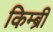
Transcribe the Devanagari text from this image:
किम्ब्री